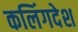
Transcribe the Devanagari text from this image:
कलिंगदेश